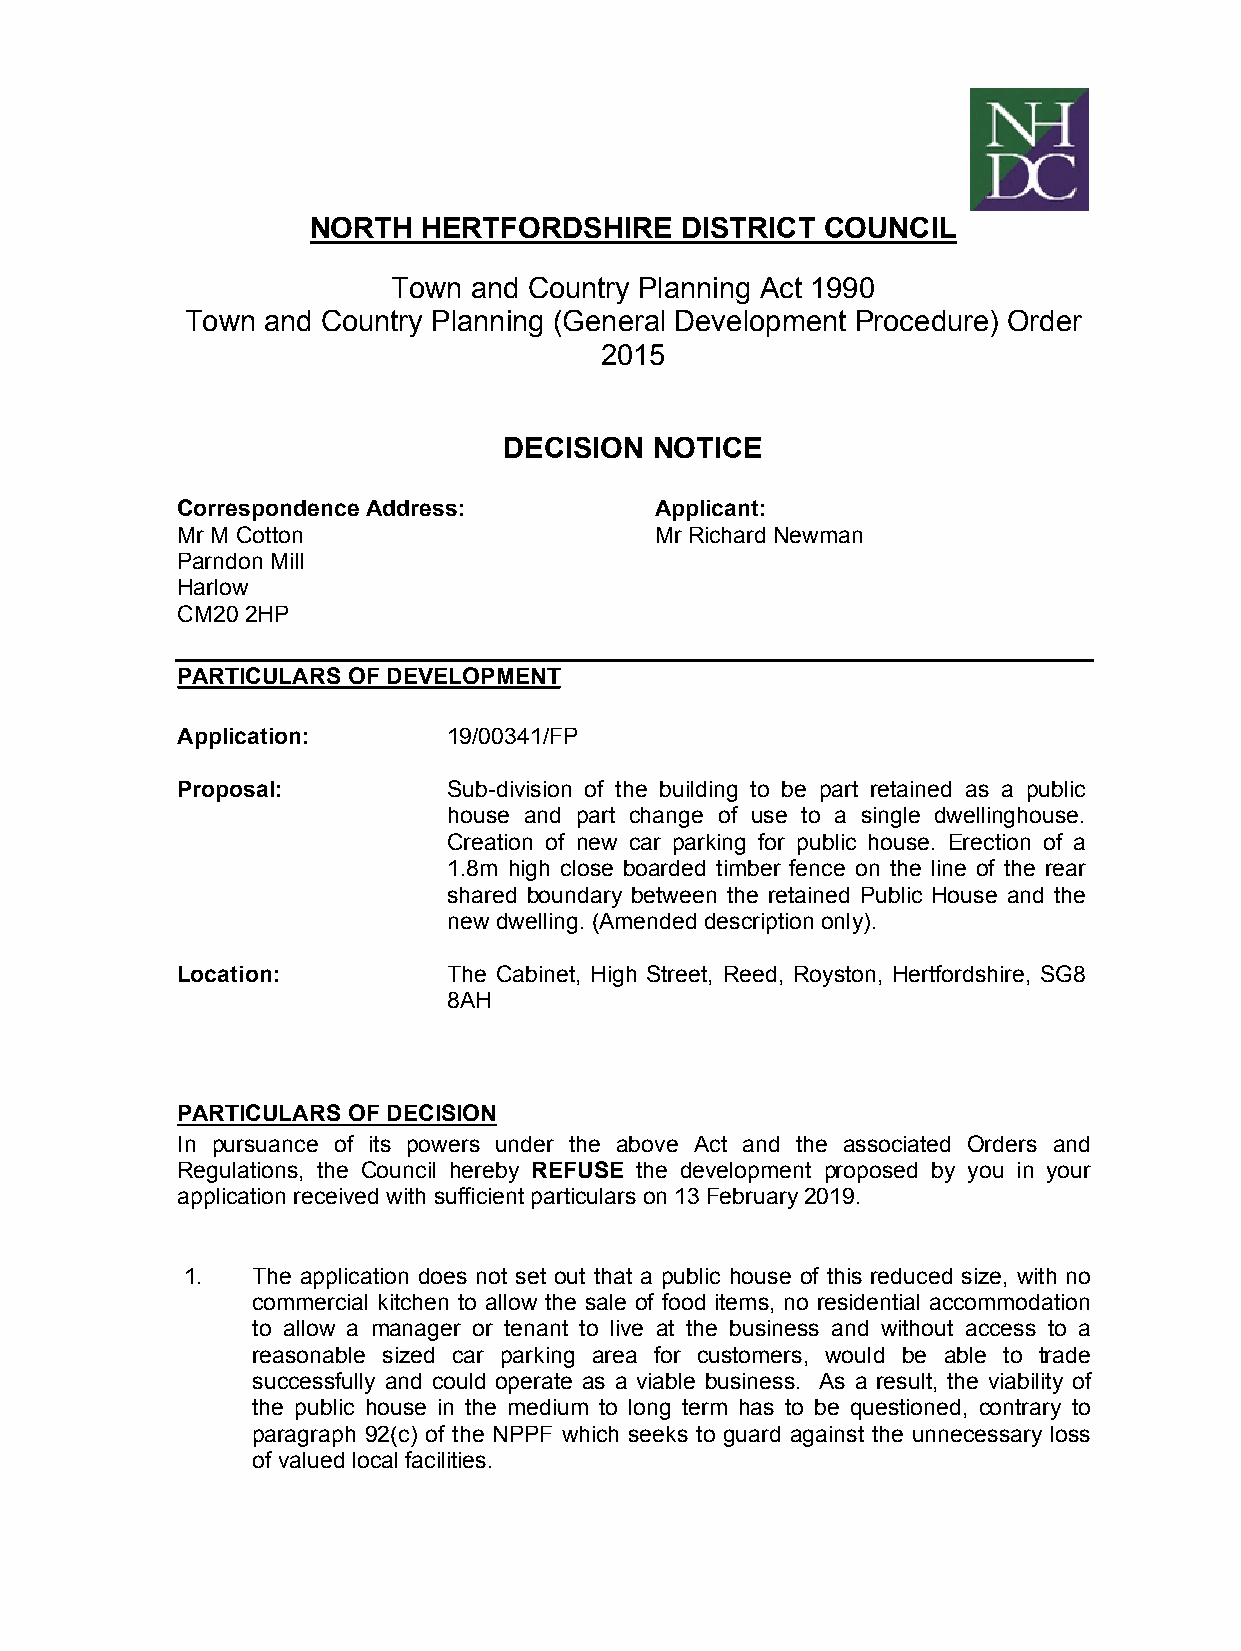
NORTH   HERTFORDSHIRE    DISTRICT COUNCIL
 Town and Country Planning Act 1990
 Town and Country Planning (General Development Procedure) Order
 2015
 DECISION  NOTICE
 Correspondence Address:        Applicant:
 Mr M Cotton                    Mr Richard Newman
 Parndon Mill
 Harlow
 CM20 2HP
 PARTICULARS OF DEVELOPMENT
 Application:      19/00341/FP
 Proposal:         Sub-division of the building to be part retained as a public
 house and part change of use to a single dwellinghouse.
 Creation of new car parking for public house. Erection of a
 1.8m high close boarded timber fence on the line of the rear
 shared boundary between the retained Public House and the
 new dwelling. (Amended description only).
 Location:         The Cabinet, High Street, Reed, Royston, Hertfordshire, SG8
 8AH
 PARTICULARS OF DECISION
 In pursuance of its powers under the above Act and the associated Orders and
 Regulations, the Council hereby REFUSE the development proposed by you in your
 application received with sufficient particulars on 13 February 2019.
 1.   The application does not set out that a public house of this reduced size, with no
 commercial kitchen to allow the sale of food items, no residential accommodation
 to allow a manager or tenant to live at the business and without access to a
 reasonable sized car parking area for customers, would be able to trade
 successfully and could operate as a viable business. As a result, the viability of
 the public house in the medium to long term has to be questioned, contrary to
 paragraph 92(c) of the NPPF which seeks to guard against the unnecessary loss
 of valued local facilities.